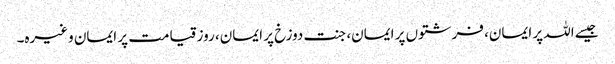
جیسے اللہ پر ایمان، فرشتوں پر ایمان، جنت دوزخ پر ایمان، روز قیامت پر ایمان وغیرہ۔